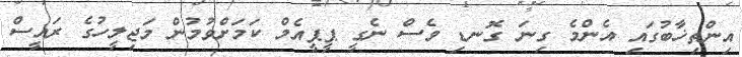
އިންތިޚާބުގައި އެންމެ ގިނަ ގޮނޑި ވެސް ނެގީ ޕީޕީއެމް ކަމަށްވުމުން މަޖިލީހުގެ ރައީސް